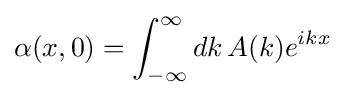
\alpha (x,0)=\int _{-\infty }^{\infty }dk\,A(k)e^{ikx}